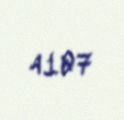
4107